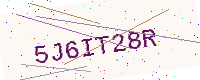
Text: 5J6IT28R